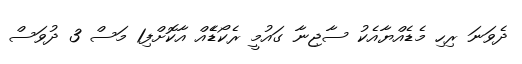
ދެވަނަ ރިހި މެޑެއްޔާއެކު ސާޖިނާ ގައުމީ ރެކޯޑެެއް އާކޮށްފި1 މަސް 3 ދުވަސް